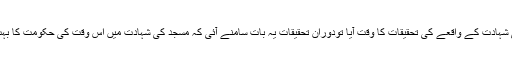
بابری مسجد کی شہادت کے واقعے کی تحقیقات کا وقت آیا تودوران تحقیقات یہ بات سامنے آئی کہ مسجد کی شہادت میں اس وقت کی حکومت کا بہت عمل دخل تھا۔